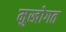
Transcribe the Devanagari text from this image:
मुखोगत